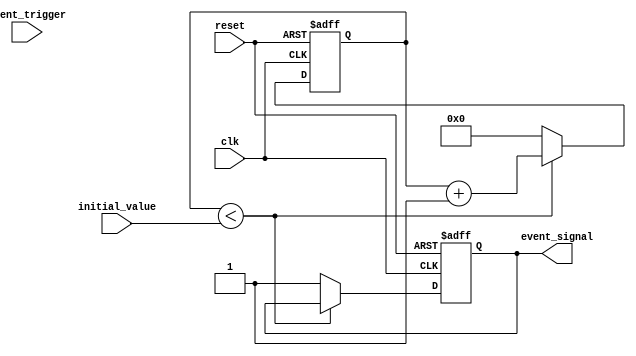
module event_timer (
    input wire clk,
    input wire reset,
    input wire event_trigger,
    input wire [31:0] initial_value,
    output reg event_signal
);

reg [31:0] counter;

always @ (posedge clk or posedge reset) begin
    if (reset == 1'b1) begin
        counter <= 32'h0;
        event_signal <= 1'b0;
    end else begin
        if (counter < initial_value) begin
            counter <= counter + 32'h1;
        end else begin
            counter <= 32'h0;
            event_signal <= 1'b1;
        end
    end
end

endmodule